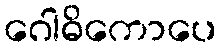
ဂေါဓိကောပေ